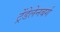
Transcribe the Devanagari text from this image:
ट्रेंडेलेनबर्ग